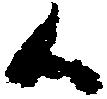
候